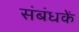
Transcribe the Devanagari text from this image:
संबंधकें